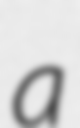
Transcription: a